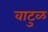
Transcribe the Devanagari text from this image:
वाटुळ